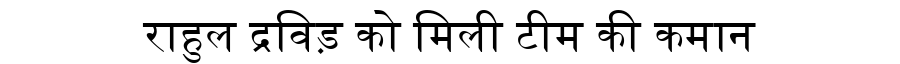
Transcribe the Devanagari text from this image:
राहुल द्रविड़ को मिली टीम की कमान